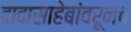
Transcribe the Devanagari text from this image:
दादासाहेबांवरूनच